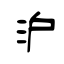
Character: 沪